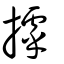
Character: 摢